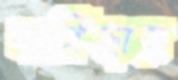
বাগিছায়